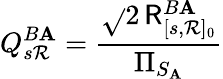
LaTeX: Q_{s\mathcal{R}}^{B\mathbf{A}}=\frac{{\sqrt{}{{2}}\, \mathsf{{R}}_{[s,\mathcal{R}]_{0}}^{B\mathbf{A}}}}{{\Pi_{S_{\mathbf{A}}}}}